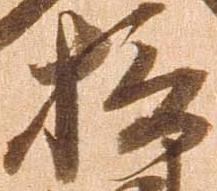
摂